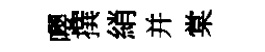
嚶撰綃并棠